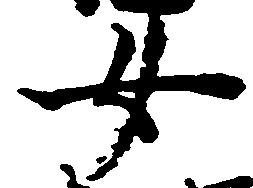
女